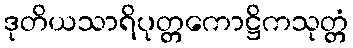
ဒုတိယသာရိပုတ္တကောဋ္ဌိကသုတ္တံ